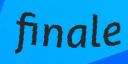
finale